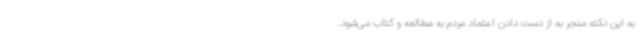
به این نکته منجر به از دست دادن اعتماد مردم به مطالعه و کتاب می‌شود.